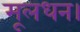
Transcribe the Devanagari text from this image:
मूलधन।